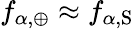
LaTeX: f_{\alpha,\oplus}\approx f_{\alpha,\mathrm{S}}